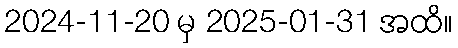
2024-11-20 မှ 2025-01-31 အထိ။